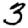
Digit: 3